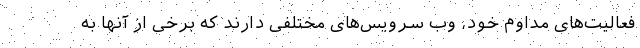
فعالیت‌های مداوم خود، وب سرویس‌های مختلفی دارند که برخی از آنها به